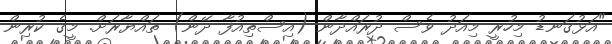
"އަޅުގަނޑު މިހުރީ މިއަދު ވެސް ދުރައްދާން (އިސްތިއުފާ ދޭން) ތައްޔާރަށް. މީގެ ކުރިން